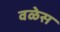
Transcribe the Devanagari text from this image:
वळेस